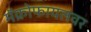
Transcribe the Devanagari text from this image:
मॅक्रोफायलवर